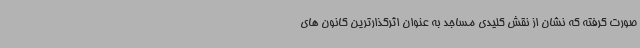
صورت گرفته که نشان از نقش کلیدی مساجد به عنوان اثرگذارترین کانون های